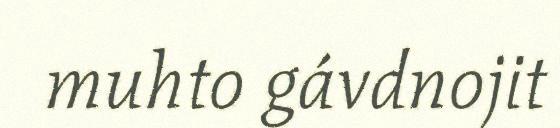
muhto gávdnojit